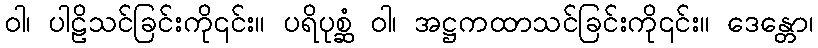
ဝါ၊ ပါဠိသင်ခြင်းကို၎င်း။ ပရိပုစ္ဆံ ဝါ၊ အဋ္ဌကထာသင်ခြင်းကို၎င်း။ ဒေန္တော၊